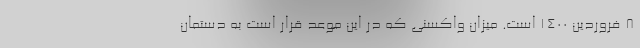
۸ فروردین ۱۴۰۰ است. میزان واکسنی که در این موعد قرار است به دستمان